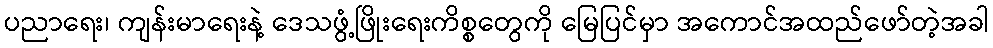
ပညာရေး၊ ကျန်းမာရေးနဲ့ ဒေသဖွံ့ဖြိုးရေးကိစ္စတွေကို မြေပြင်မှာ အကောင်အထည်ဖော်တဲ့အခါ